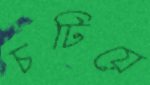
চটিয়ে